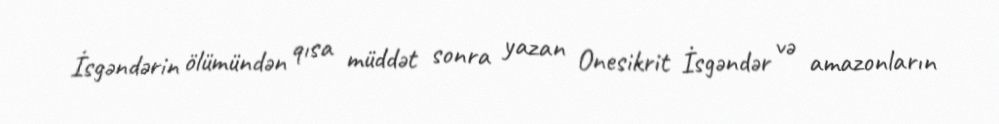
İsgəndərin ölümündən qısa müddət sonra yazan Onesikrit İsgəndər və amazonların